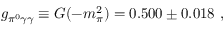
g _ { \pi ^ { 0 } \gamma \gamma } \equiv G ( - m _ { \pi } ^ { 2 } ) = 0 . 5 0 0 \pm 0 . 0 1 8 ~ ,